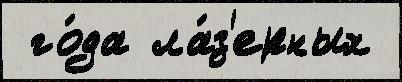
 го́да ла́з'ерных